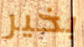
بخير